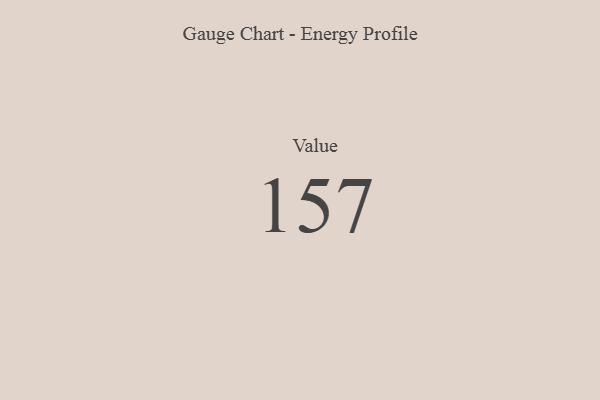
{"axis": {"x": "Metric", "y": "Value"}, "legend": [""], "data": [{"x": "Value", "y": 157, "type": ""}]}